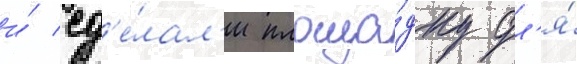
и́ сд'е́лал'и площа́дку дл'я́